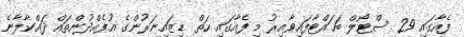
ފެއާގައި 29 ސްޓޯލް ބަހައްޓާފައިވާއިރު މި ފެއާގައި ހަތް ޑިޒައިނަރުންގެ އުފެއްދުންތައް ދައްކާލާނެ